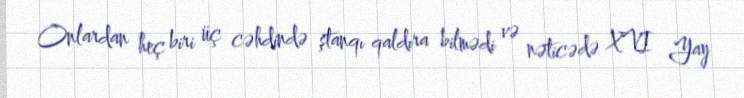
Onlardan heç biri üç cəhdində ştanqı qaldıra bilmədi və nəticədə XVI Yay